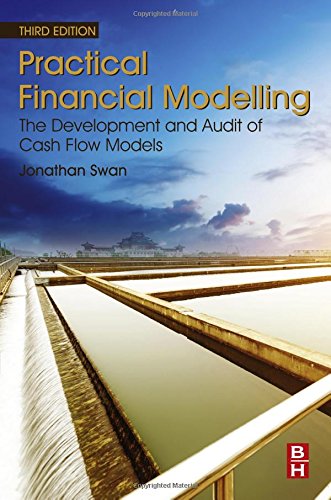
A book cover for Practical Financial Modelling, Third Edition: The Development and Audit of Cash Flow Models; Jonathan Swan; Business & Money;